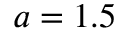
a = 1 . 5